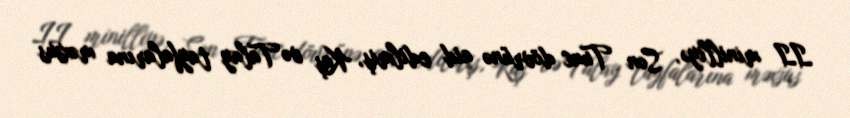
II minilliyə, Son Tunc dövrünə aid edilmiş, Kaş və Talay tayfalarına məxsus